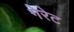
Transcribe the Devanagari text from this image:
गेरेट